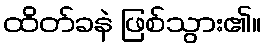
ထိတ်ခနဲ ဖြစ်သွား၏။